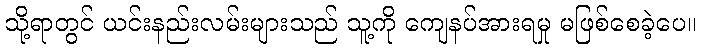
သို့ရာတွင် ယင်းနည်းလမ်းများသည် သူ့ကို ကျေနပ်အားရမှု မဖြစ်စေခဲ့ပေ။